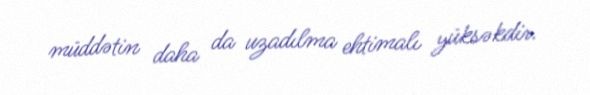
müddətin daha da uzadılma ehtimalı yüksəkdir.